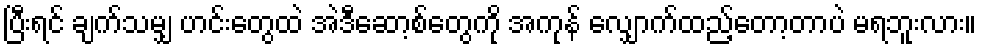
ပြီးရင် ချက်သမျှ ဟင်းတွေထဲ အဲဒီဆော့စ်တွေကို အကုန် လျှောက်ထည့်တော့တာပဲ မရဘူးလား။